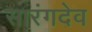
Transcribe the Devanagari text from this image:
सारंगदेव